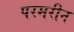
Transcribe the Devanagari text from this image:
परमरीन